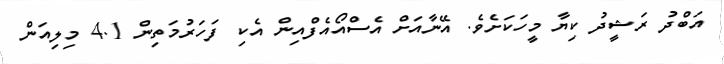
އަބްދު ރަޝީދު ކިޔާ މީހަކަށެވެ. އޭނާއަށް އެސްއޯއެފްއިން އެކި ފަހަރުމަތިން 4.1 މިލިއަން